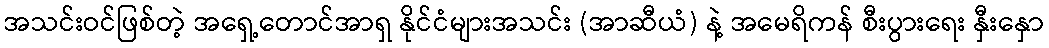
အသင်းဝင်ဖြစ်တဲ့ အရှေ့တောင်အာရှ နိုင်ငံများအသင်း (အာဆီယံ) နဲ့ အမေရိကန် စီးပွားရေး နှီးနှော